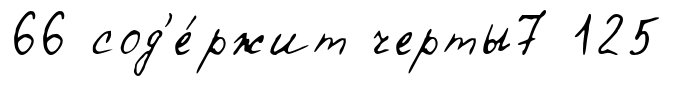
66 сод'е́ржит черты7 125